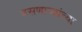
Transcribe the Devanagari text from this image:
बसणार्‍यांच्या